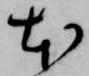
本